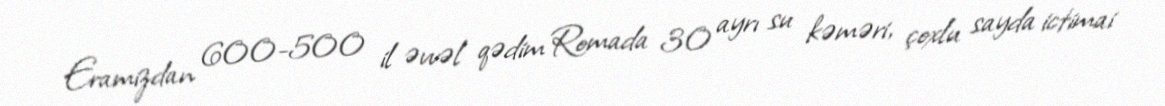
Eramizdan 600-500 il əvvəl qədim Romada 30 ayrı su kəməri, çoxlu sayda ictimai